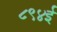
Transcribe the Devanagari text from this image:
८९४ई